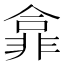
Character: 𫕽